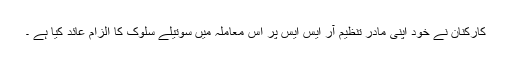
کارکنان نے خود اپنی مادر تنظیم آر ایس ایس پر اس معاملہ میں سوتیلے سلوک کا الزام عائد کیا ہے ۔